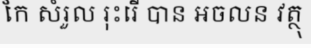
កែ សំរួល រុះរើ បាន អចលន វត្ថុ